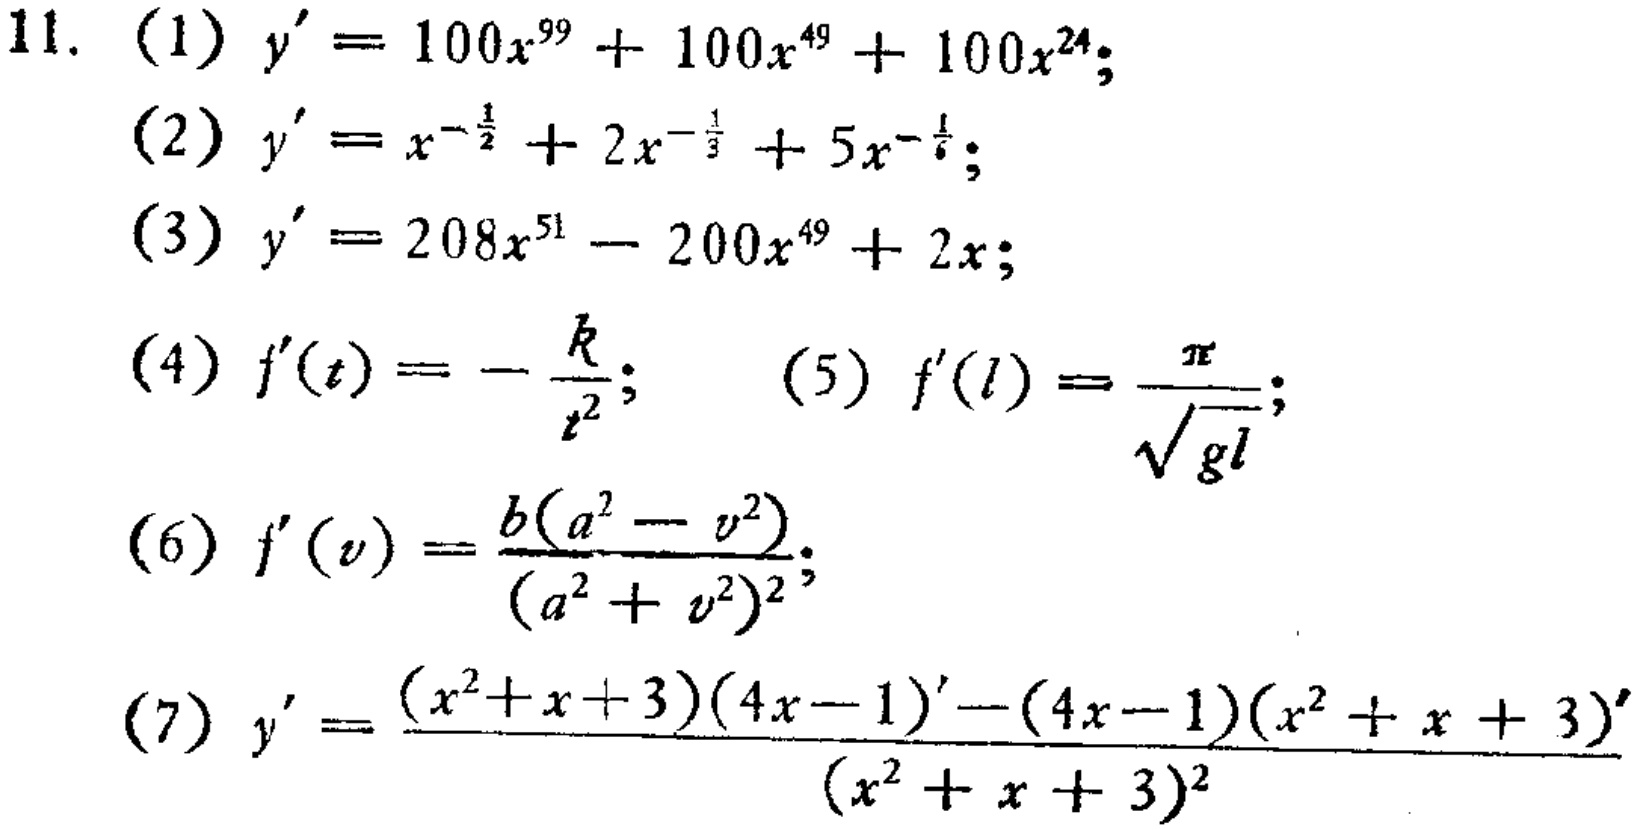
11.
(1) \(y^{\prime}=100x^{99}+100x^{49}+100x^{24}\);
(2) \(y^{\prime}=x^{-\frac{1}{2}}+2x^{-\frac{1}{3}}+5x^{-\frac{1}{6}}\);
(3) \(y^{\prime}=208x^{51}-200x^{49}+2x\);
(4) \(f^{\prime}(t)=-\frac{k}{t^{2}}\); (5) \(f^{\prime}(l)=\frac{\pi}{\sqrt{gl}}\);
(6) \(f^{\prime}(v)=\frac{b(a^{2}-v^{2})}{(a^{2}+v^{2})^{2}}\);
(7) \(y^{\prime}=\frac{(x^{2}+x + 3)(4x - 1)^{\prime}-(4x - 1)(x^{2}+x + 3)^{\prime}}{(x^{2}+x + 3)^{2}}\)